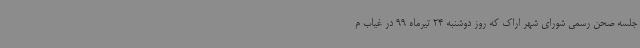
جلسه صحن رسمی شورای شهر اراک که روز دوشنبه 24 تیرماه 99 در غیاب م